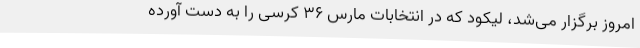
امروز برگزار می‌شد، لیکود که در انتخابات مارس 36 کرسی را به دست آورده